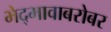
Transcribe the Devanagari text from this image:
भेद्भावाबरोबर